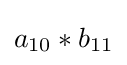
a_{10}*b_{11}